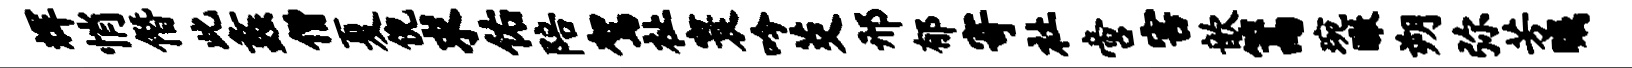
辉悄僭此蠡僧夏倪求佑陪驾祉寰吟茭邢郁寄社啻害歆篙琬瞰朔弥芳瞩